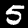
Digit: 5